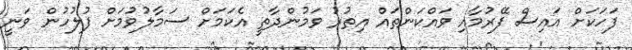
ފަހަކަށް އައިސް ފޭރުމާއި ވަައްކަންތައް އިތުރު ވަމުންދާތީ އެކަމަށް ސަމާލުވުމަށް ފުލުހުން ވަނީ